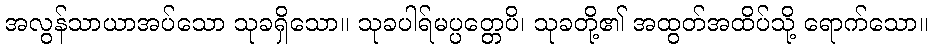
အလွန်သာယာအပ်သော သုခရှိသော။ သုခပါရ်မပ္ပတ္တေပိ၊ သုခတို့၏ အထွတ်အထိပ်သို့ ရောက်သော။